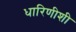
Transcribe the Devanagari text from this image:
धारिणीशी